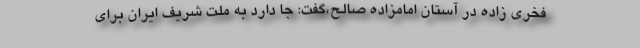
فخری زاده در آستان امامزاده صالح،گفت: جا دارد به ملت شریف ایران برای